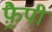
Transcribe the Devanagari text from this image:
फ़्रैपी